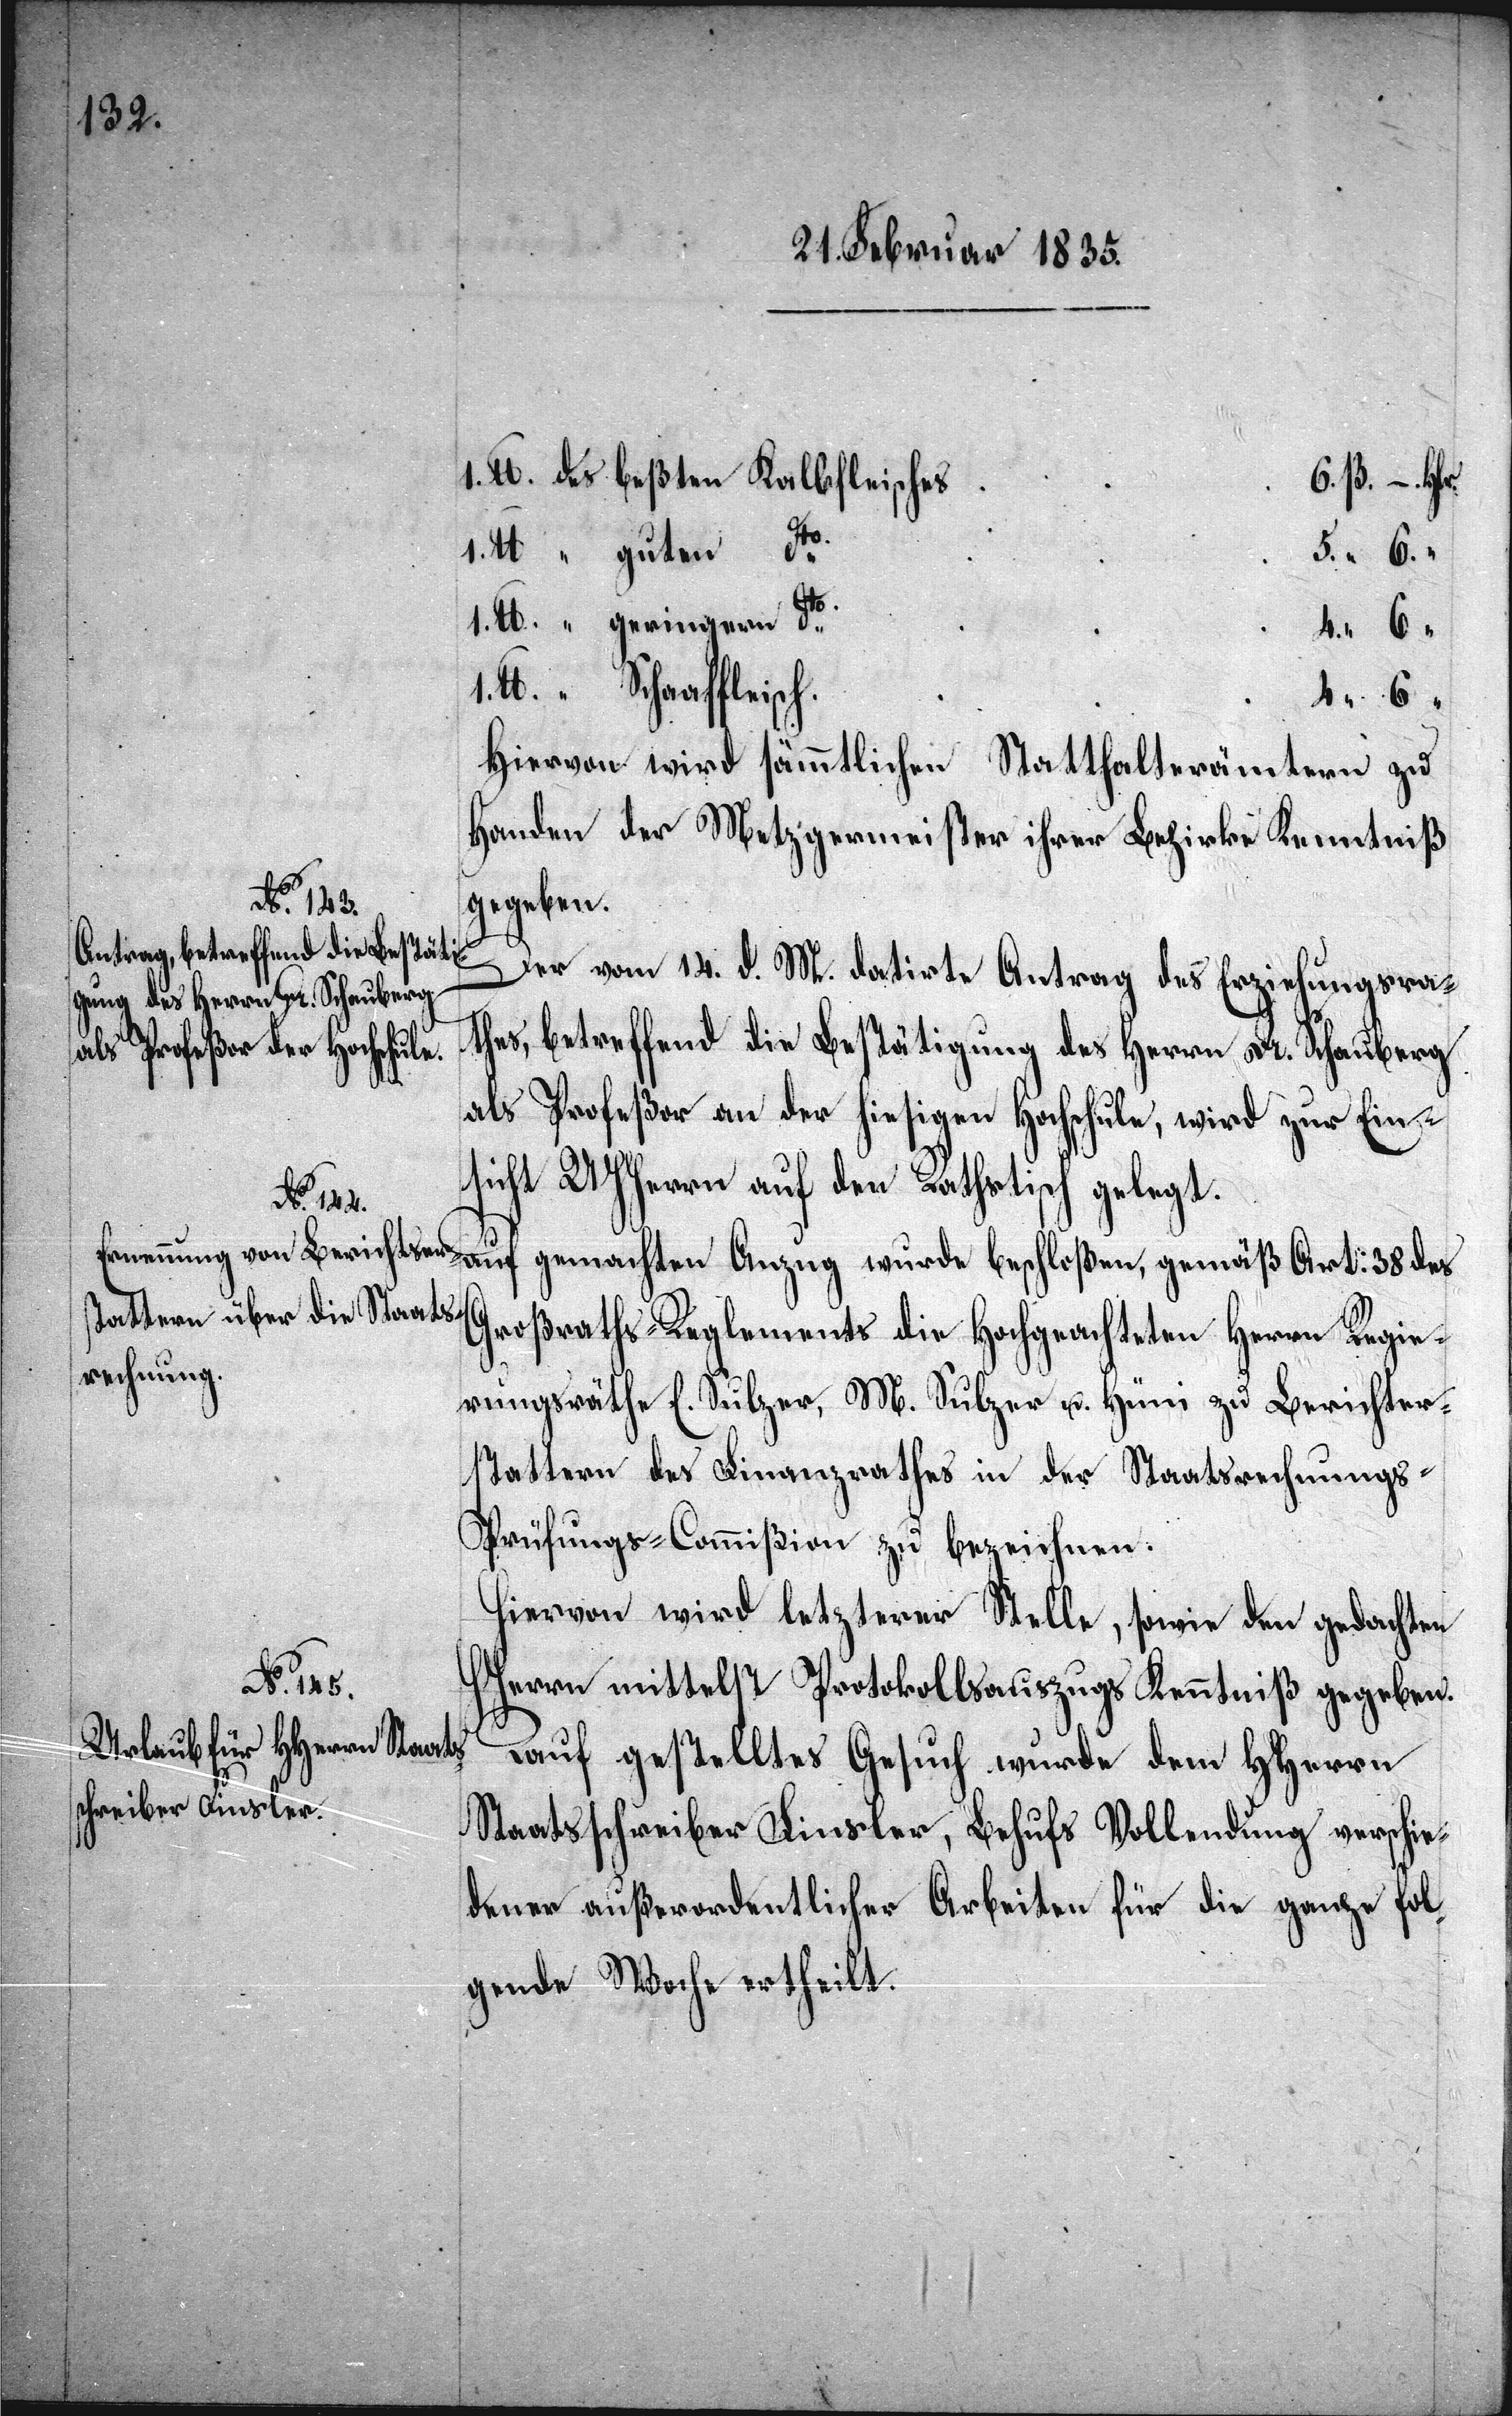
1. Pfd. des beßten Kalbfleisches
6 B. – Hlr.
1. Pfd. “ guten dto
5. “ 6.
1. Pfd. “ geringen dto
4. “ 6.
Pfd. “ Schaaffleisch
4. “ 6.
Hiervon wird sämmtlichen Statthalterämtern zu
Handen der Metzgermeister ihrer Bezirke Kenntniß
gegeben.
Der vom 14. d. M. datirte Antrag des Erziehungsra¬
thes, betreffend die Bestätigung des Herrn Dr. Schauberg
als Profeßor an der hiesigen Hochschule, wird zur Ein¬
sicht UHHerrn auf den Rathstisch gelegt.
gemachten Anzug wurde beschloßen, gemäß Art: 38. des
Großraths-Reglements die Hochgeachteten Herrn Regie¬
rungsräthe E. Sulzer, M. Sulzer u. Hüni zu Berichter¬
stattern des Finanzrathes in der Staatsrechnungs-P¬
rüfungs-Commißion zu bezeichnen.
Hiervon wird letzterer Stelle, sowie den gedachten
Woche
HHerrn mittelst Protokollsauszugs Kenntniß gegeben.
Auf gestelltes Gesuch wurde dem HHerrn
Staatsschreiber Finsler, Behufs Vollendung verschie¬
dener außerordentlicher Arbeiten für die ganze fol¬